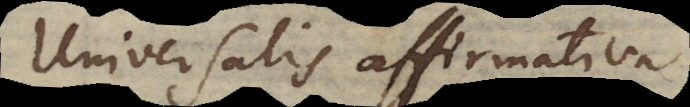
Universalis affirmativa